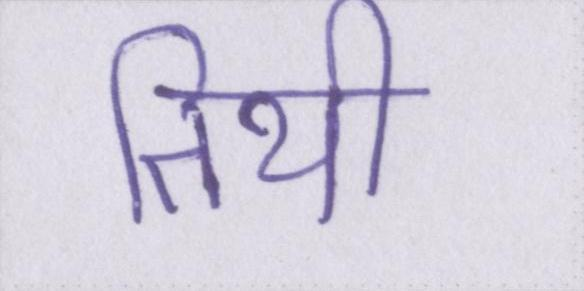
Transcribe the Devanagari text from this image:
तिथी